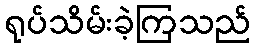
ရုပ်သိမ်းခဲ့ကြသည်